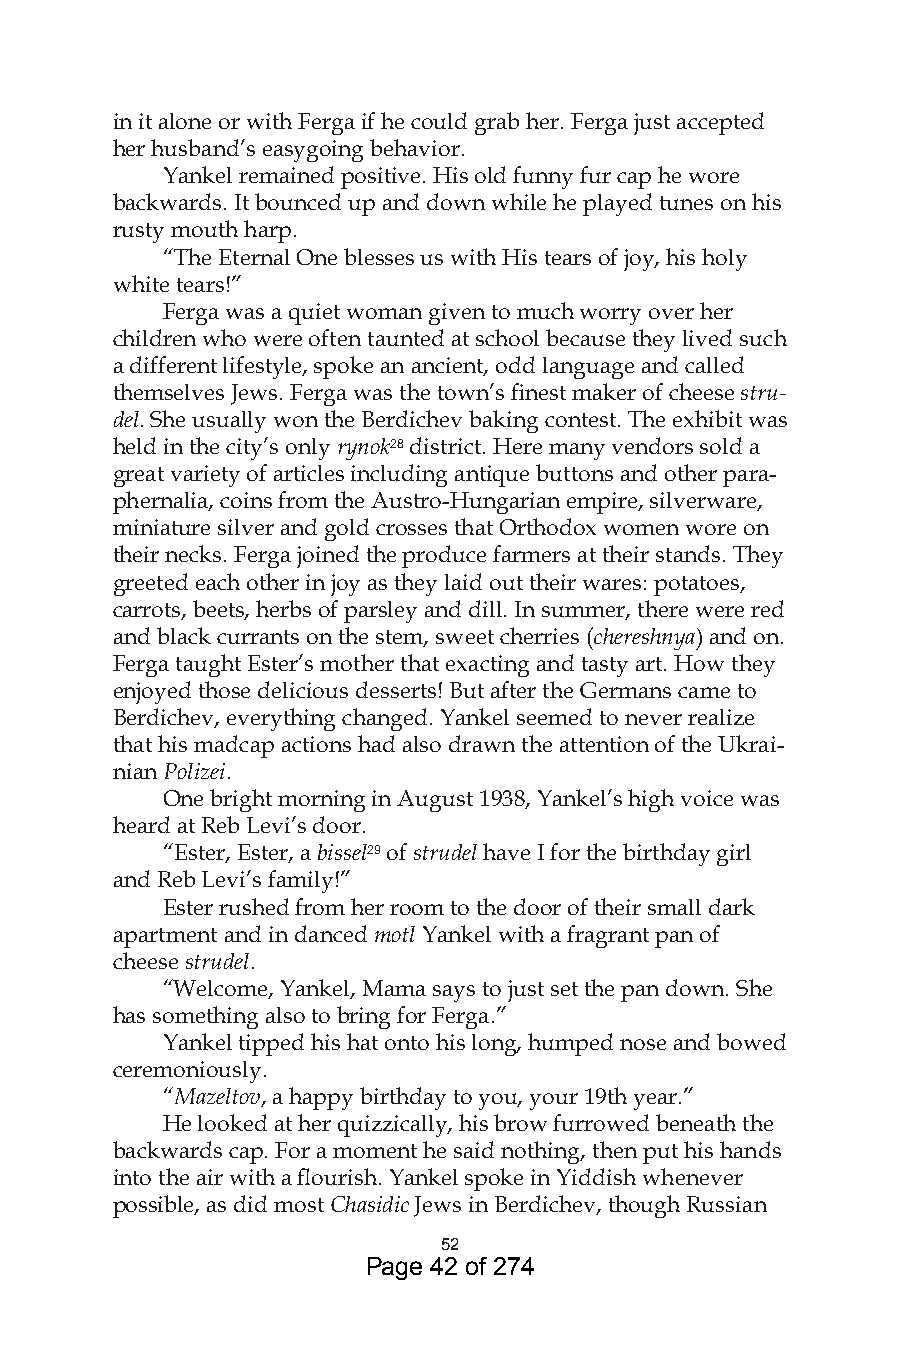
in it alone or with Ferga if he could grab her. Ferga just accepted
 her husband’s easygoing behavior.
 Yankel remained positive. His old funny fur cap he wore
 backwards. It bounced up and down while he played tunes on his
 rusty mouth harp.
 “The Eternal One blesses us with His tears of joy, his holy
 white tears!”
 Ferga was a quiet woman given to much worry over her
 children who were often taunted at school because they lived such
 a different lifestyle, spoke an ancient, odd language and called
 themselves Jews. Ferga was the town’s finest maker of cheese stru-
 del. She usually won the Berdichev baking contest. The exhibit was
 held in the city’s only rynok8 district. Here many vendors sold a
 great variety of articles including antique buttons and other para-
 phernalia, coins from the Austro-Hungarian empire, silverware,
 miniature silver and gold crosses that Orthodox women wore on
 their necks. Ferga joined the produce farmers at their stands. They
 greeted each other in joy as they laid out their wares: potatoes,
 carrots, beets, herbs of parsley and dill. In summer, there were red
 and black currants on the stem, sweet cherries (chereshnya) and on.
 Ferga taught Ester’s mother that exacting and tasty art. How they
 enjoyed those delicious desserts! But after the Germans came to
 Berdichev, everything changed. Yankel seemed to never realize
 that his madcap actions had also drawn the attention of the Ukrai-
 nian Polizei.
 One bright morning in August 1938, Yankel’s high voice was
 heard at Reb Levi’s door.
 “Ester, Ester, a bissel9 of strudel have I for the birthday girl
 and Reb Levi’s family!”
 Ester rushed from her room to the door of their small dark
 apartment and in danced motl Yankel with a fragrant pan of
 cheese strudel.
 “Welcome, Yankel, Mama says to just set the pan down. She
 has something also to bring for Ferga.”
 Yankel tipped his hat onto his long, humped nose and bowed
 ceremoniously.
 “Mazeltov, a happy birthday to you, your 19th year.”
 He looked at her quizzically, his brow furrowed beneath the
 backwards cap. For a moment he said nothing, then put his hands
 into the air with a flourish. Yankel spoke in Yiddish whenever
 possible, as did most Chasidic Jews in Berdichev, though Russian
 5
 Page 42 of 274